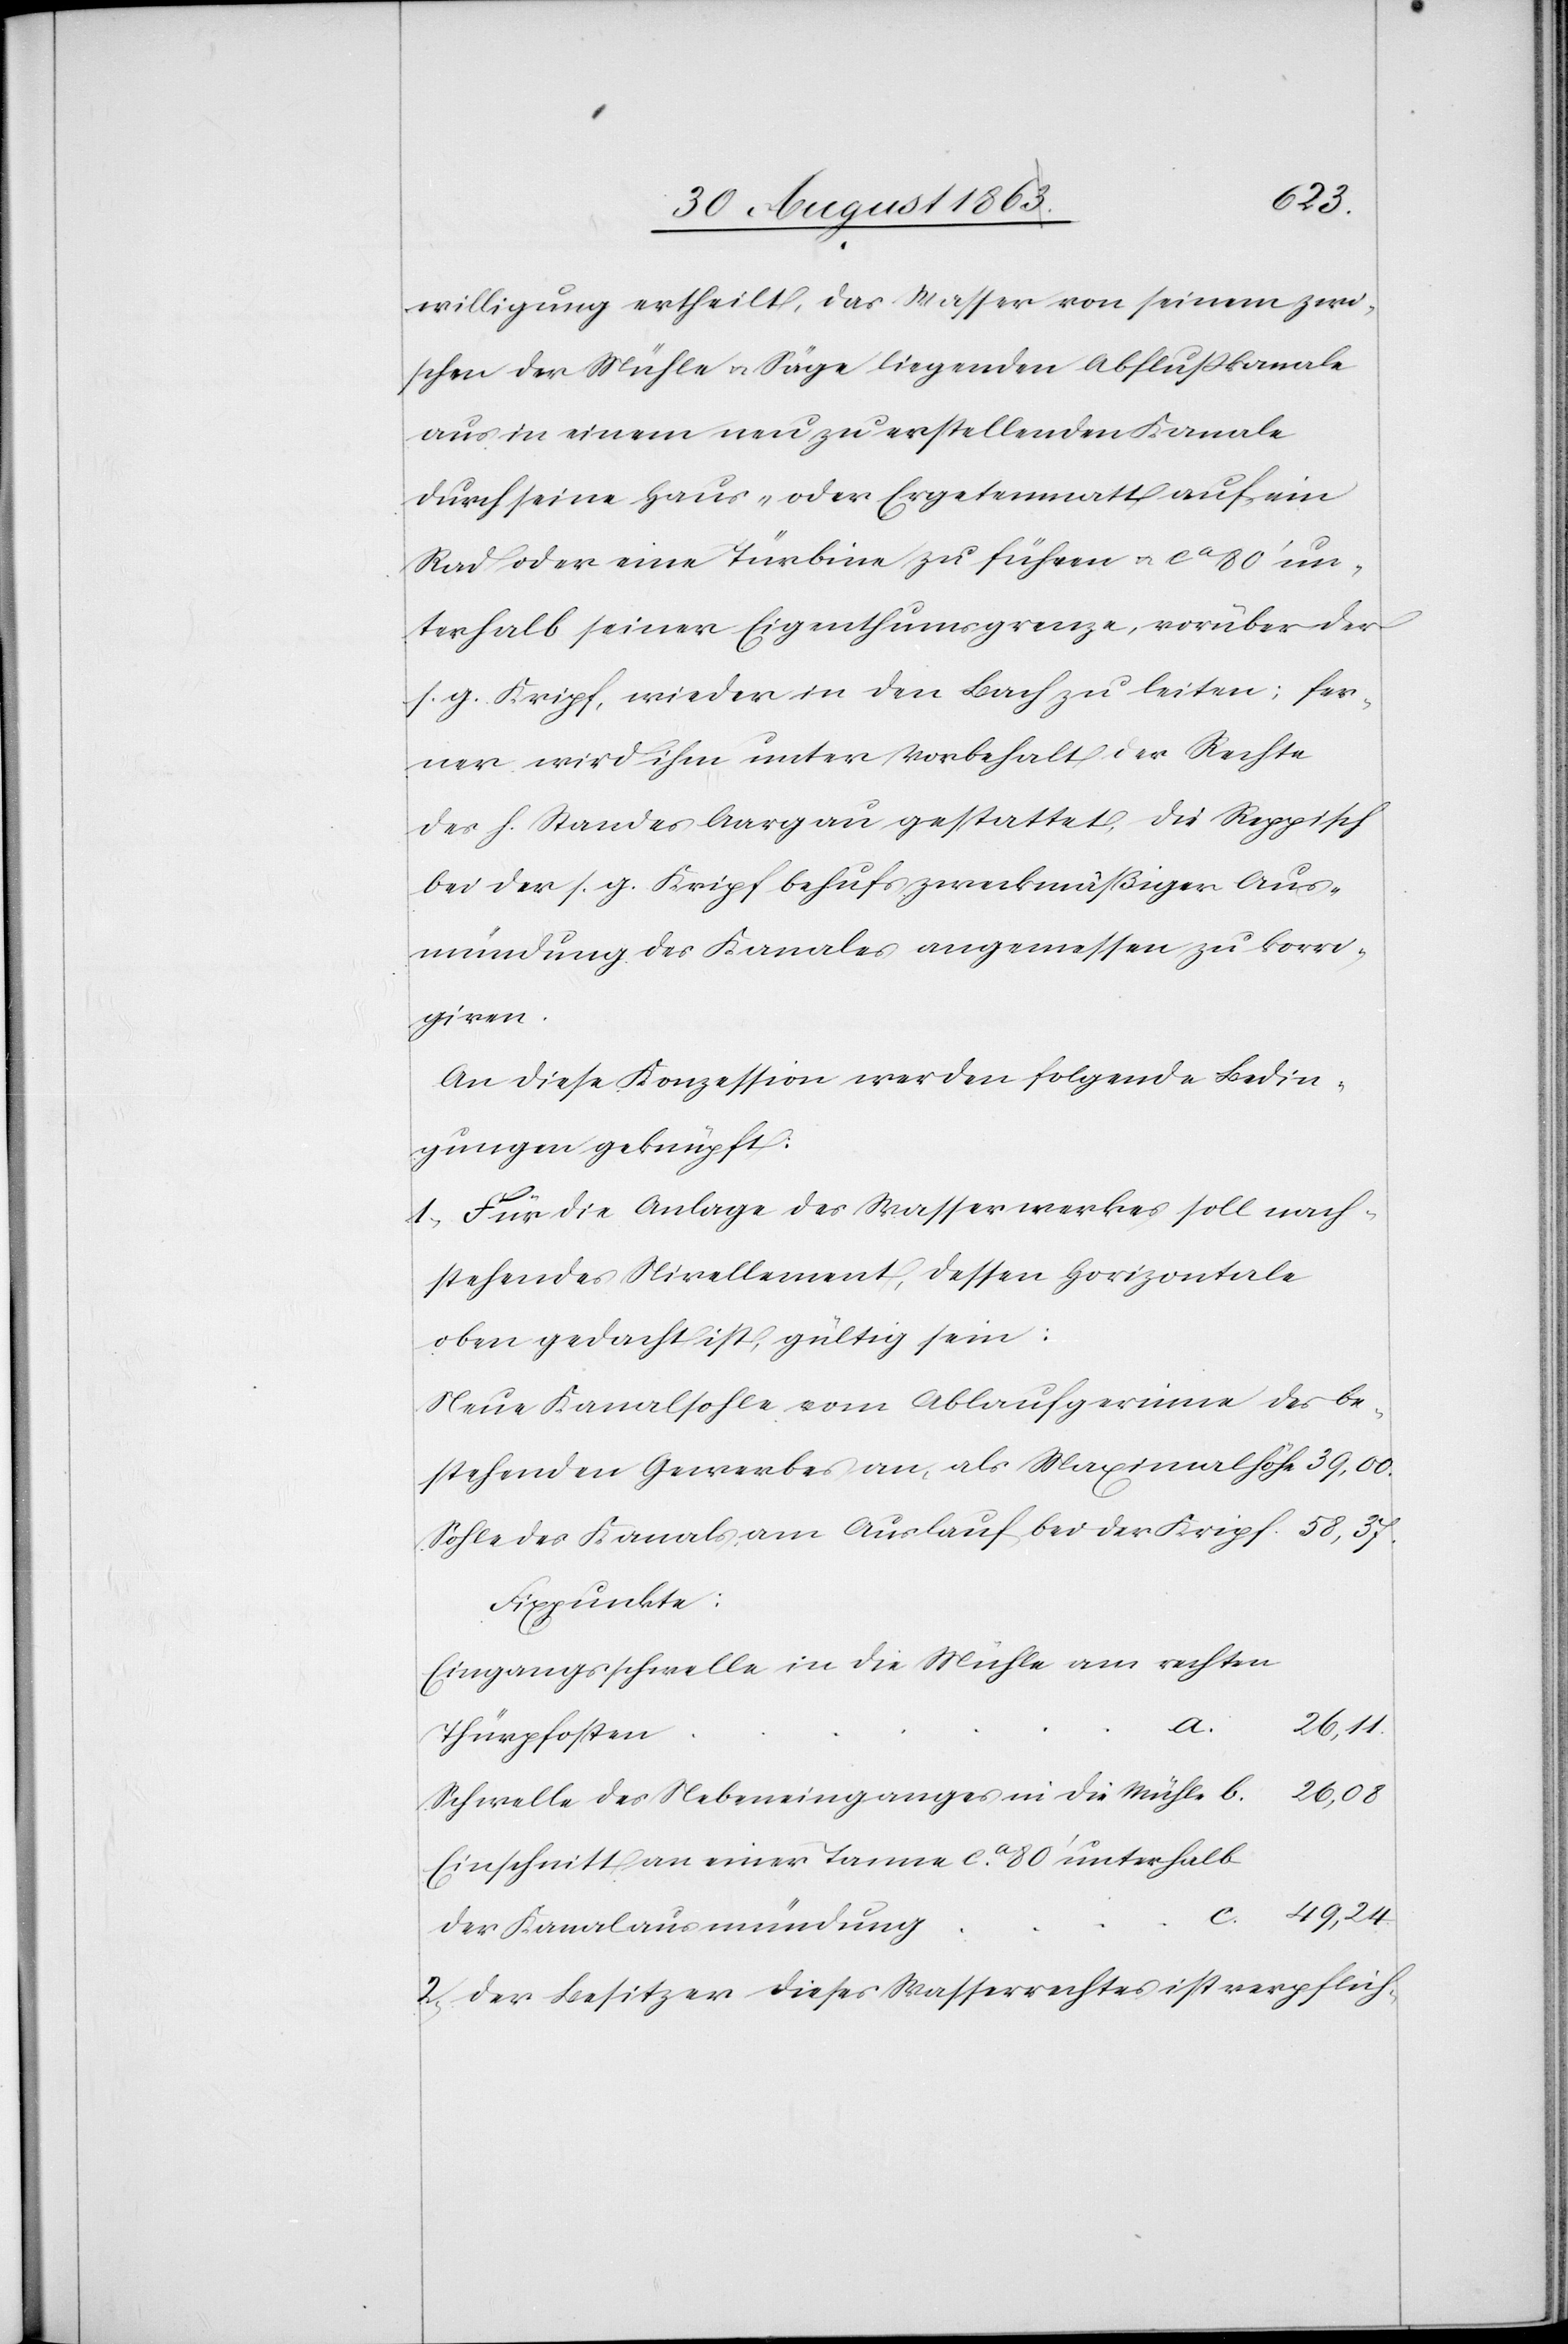
willigung ertheilt, das Wasser von seinem zwi¬
schen der Mühle u. Säge liegenden Abflußkanale
aus in einem neu zu erstellenden Kanale
durch seine Haus- oder Ergetenmatt auf ein
Rad oder eine Türbine zu führen u. ca 80’ un¬
terhalb seiner Eigenthumsgrenze, worüber der
s. g. Kripf, wieder in den Bach zu leiten; fer¬
ner wird ihm unter Vorbehalt der Rechte
des h. Standes Aargau gestattet, die Reppisch
bei der s. g. Kripf behufs zweckmäßiger Aus¬
mündung des Kanales angemessen zu korri¬
giren.
An diese Konzession werden folgende Bedin¬
gungen geknüpft:
1) Für die Anlage des Wasserwerkes soll nach¬
stehendes Nivellement, dessen Horizontale
oben gedacht ist, gültig sein:
Neue Kanalsohle vom Ablaufgerinne des be¬
stehenden Gewerbes an, als Maximahlhöhe
Sohle des Kanals, am Auslauf bei der Kripf
Fixpunkte:
Eingangsschwelle in die Mühle am rechten
26,08
a.
Thürpfosten
Schwelle des Nebeneinganges in die Mühle b.
Einschnitt an einer Tanne ca 80’ unterhalb
49,24
c.
der Kanalausmündung
2) Der Besitzer dieses Wasserrechtes ist verpflich-